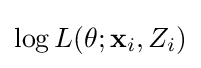
\log L(\theta ;\mathbf {x} _{i},Z_{i})